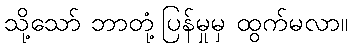
သို့သော် ဘာတုံ့ပြန်မှုမှ ထွက်မလာ။